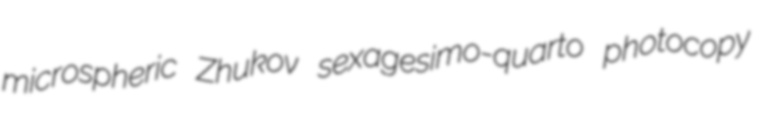
microspheric Zhukov sexagesimo-quarto photocopy